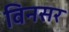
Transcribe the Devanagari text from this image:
विनसर